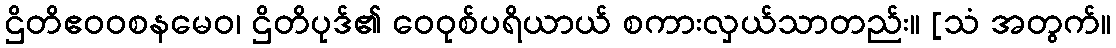
ဌိတိဧဝဝစနမေဝ၊ ဌိတိပုဒ်၏ ဝေဝုစ်ပရိယာယ် စကားလှယ်သာတည်း။ [သံ အတွက်။